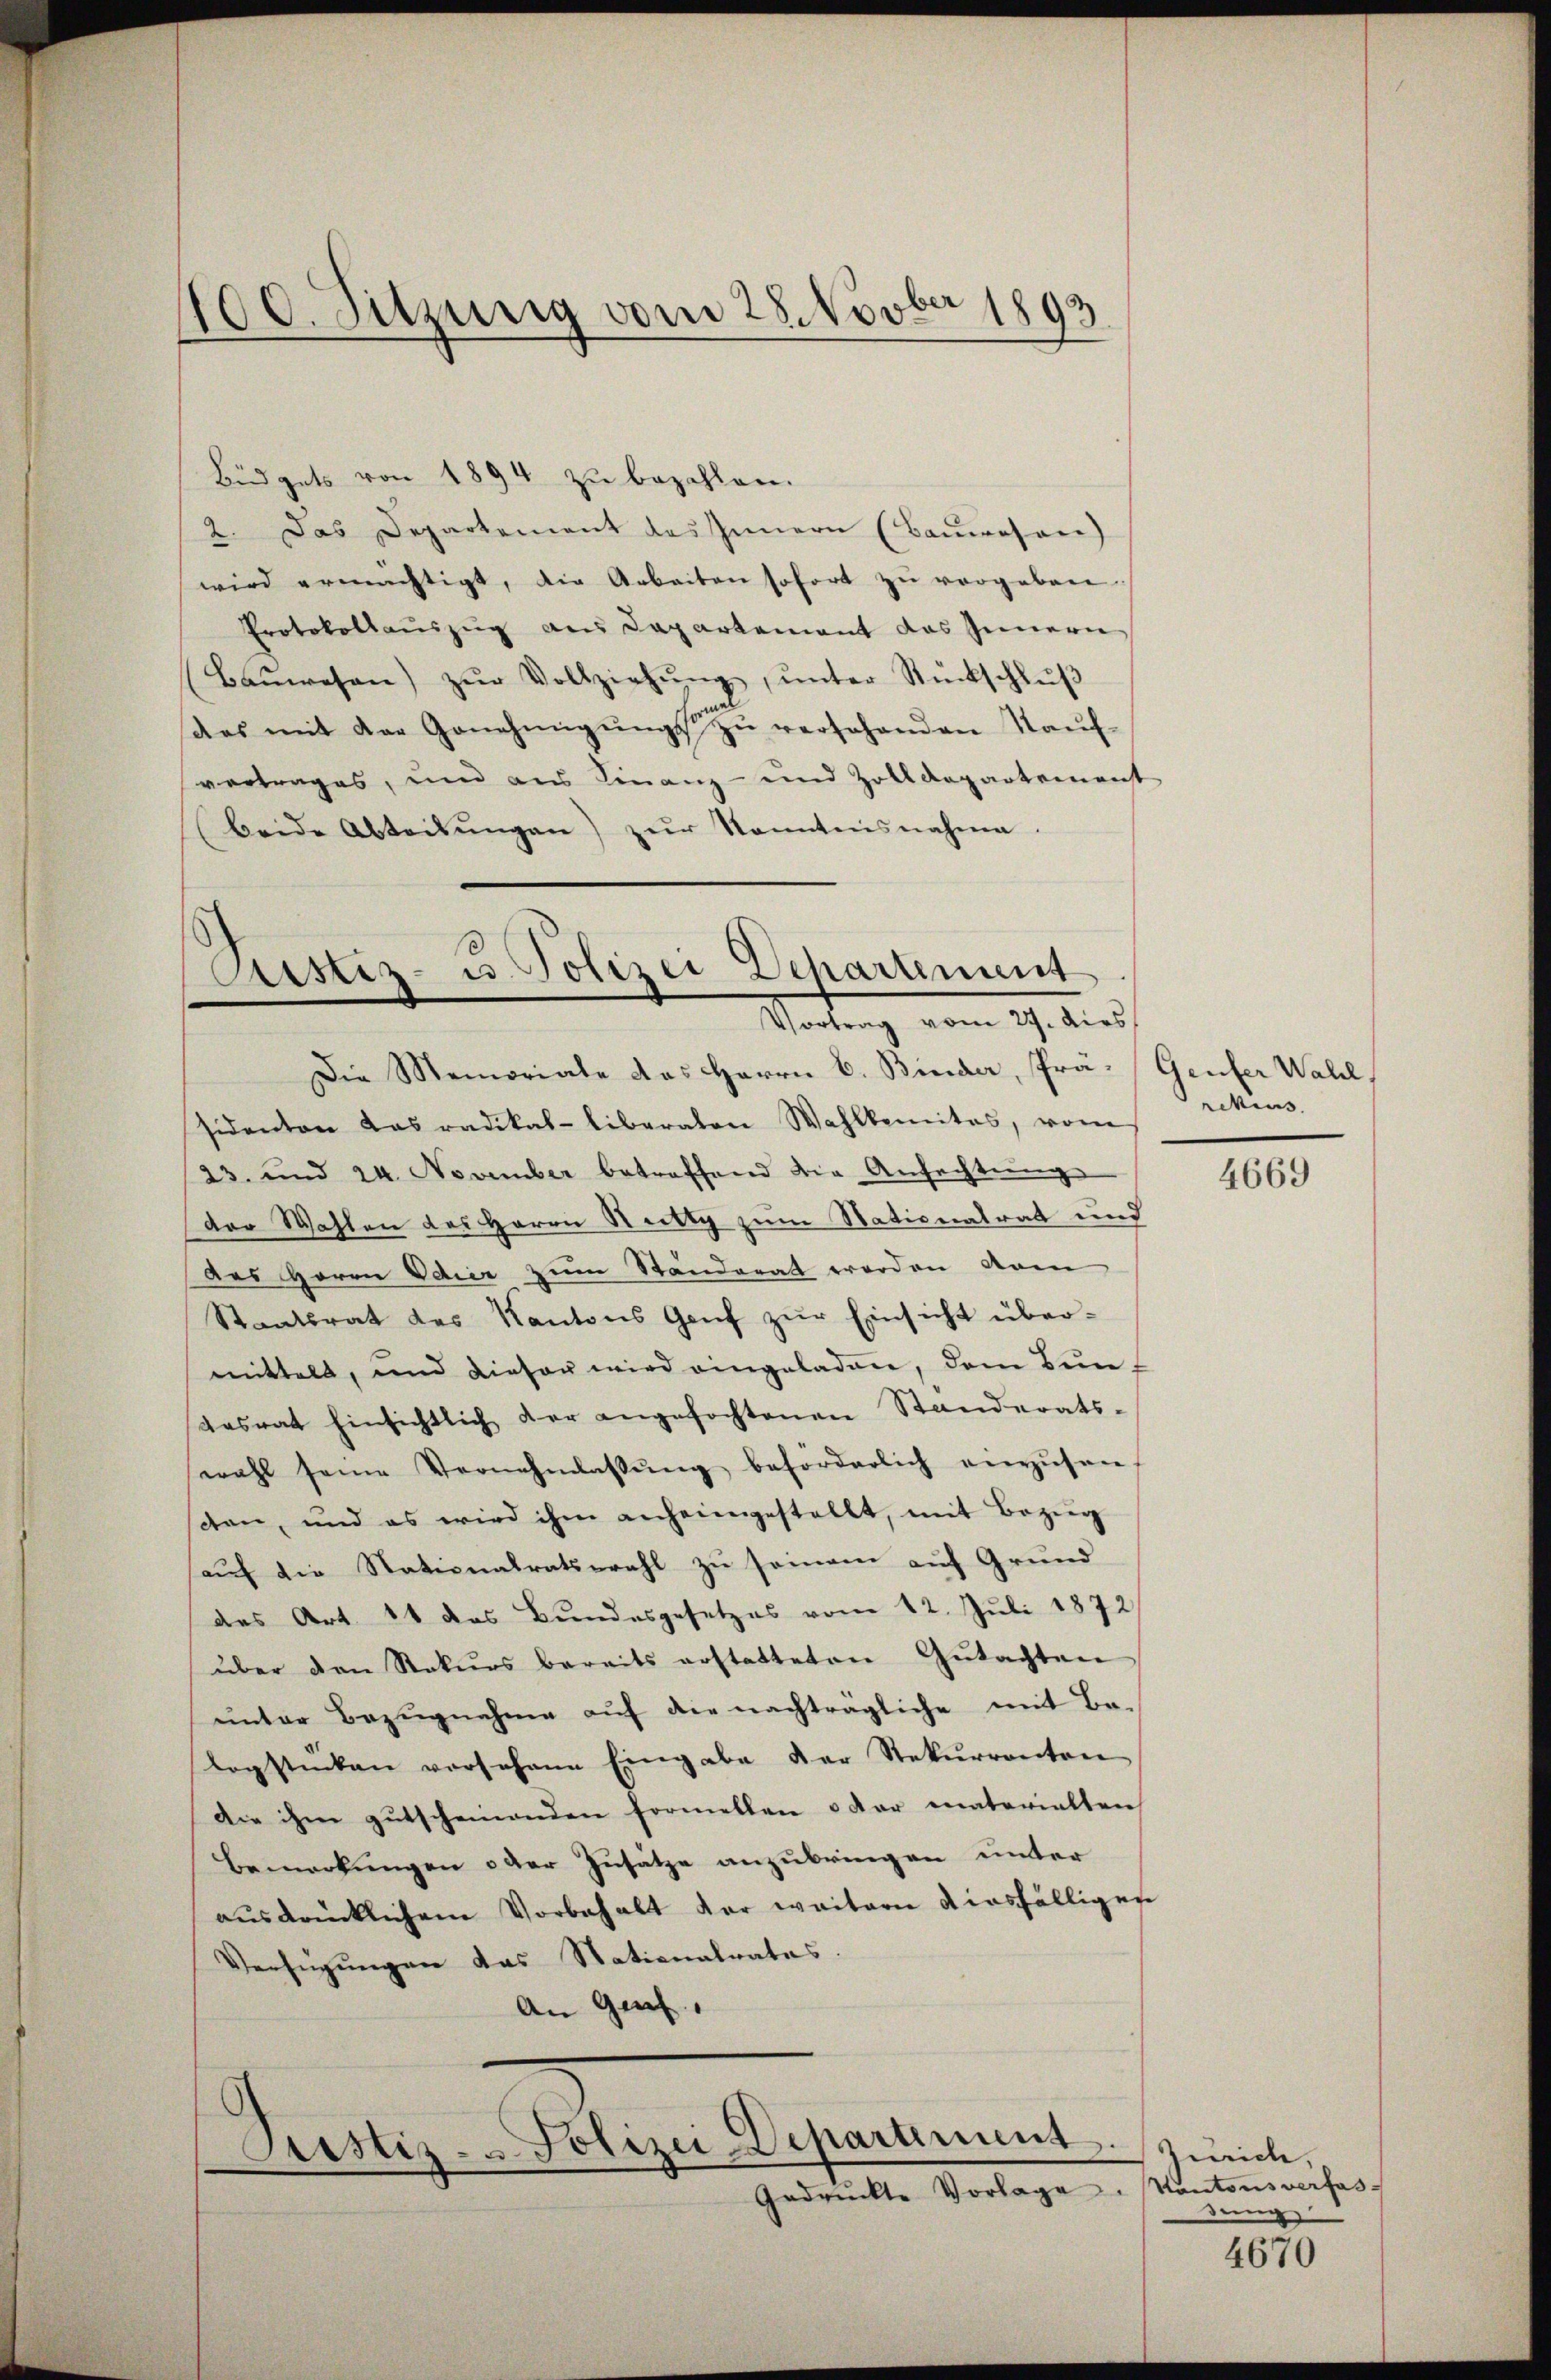
100. Sitzung vom 28. Novber 1893.

Büdgets von 1894 zŭ bezahlen.
2. Das Departement des Innern (Baŭwesen)
wird ermächtigt, die Arbeiten sofort zŭ vergeben.
Protokollauszug aus Departement das Innern
(Baŭwesen zŭr Vollziehŭng ŭnter Rückschlŭβ
aas mit der Genehmigŭng zŭ versehenden Kaŭf-
vertrages, und aus Finanz- und Zolldepartement
beide Abteilŭngen) zŭr kanntensnahme.

ustiz- u. Polizei Departement
Vortrag vom 27. dies

Die Memoriale das Herrn C. Binder, Prä- Genfer Wall
sidenten das radikal-liberaten Wahlbemites, vom
23. und 24. November betreffend die Anfechtŭng
der Wahlen des Herrn Rechtg zum Nationalrat und
des Herrn Odier zum Ständerat werden vom
Staatsrat des Kantons Genf zur Einsicht übermittels, und dieser wird eingeladen, dem Bundesrat hinsichtlich der angefochtenen Standerats-
wahl seine Vernehmlassŭng beforderlich anzŭsen-
den, und es wird ihm anheimgestellt, mit Bezug
auf die Stationalratswahl zu seinem auf Grund
das Art 11 das Bundesgesetzes vom 12. Juli 1872
über den Rekurs bereits erstatteten Gŭtachten
unter Bezugnahme auf die nachträgliche mit Be-
Logstücken vorsohne Eingabe der Rekurrenten
Die ihm gutscheinenden formellen oder materialten
Bemerkungen oder Zusätze anzubringen unter
ausdrücklichem Vorbehalt der weitern diesfälligen
Verfügungen das Stationalrates
An Gef

Astiz-Polizei-Departement
Gedrückte Vorlage. Kantonsverfas-

rekius.

4669

Zwich,
dung

4670